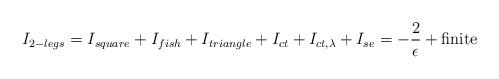
LaTeX: \begin{align*}I_{2-legs}=I_{square}+I_{fish}+I_{triangle}+I_{ct}+I_{ct,\lambda}+I_{se}=-{2\over\epsilon}+\mbox{finite}\end{align*}